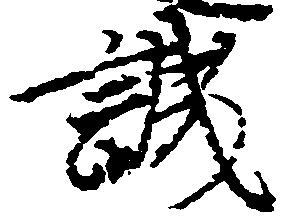
誠